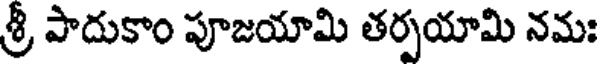
శ్రీ పాదుకాం పూజయామి తర్పయామి నమః